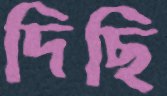
দিছি